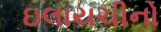
ઇલાયચીનો